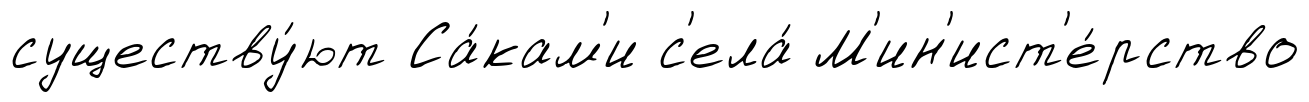
существу́ют Са́кам'и с'ела́ М'ин'ист'е́рство